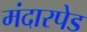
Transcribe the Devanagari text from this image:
मंदारपेड